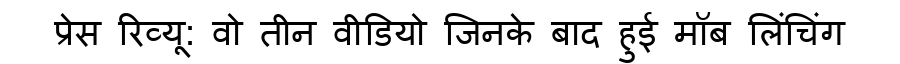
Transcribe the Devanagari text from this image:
प्रेस रिव्यू: वो तीन वीडियो जिनके बाद हुई मॉब लिंचिंग